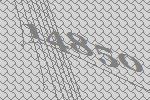
14850